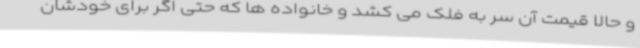
و حالا قیمت آن سر به فلک می کشد و خانواده ها که حتی اگر برای خودشان